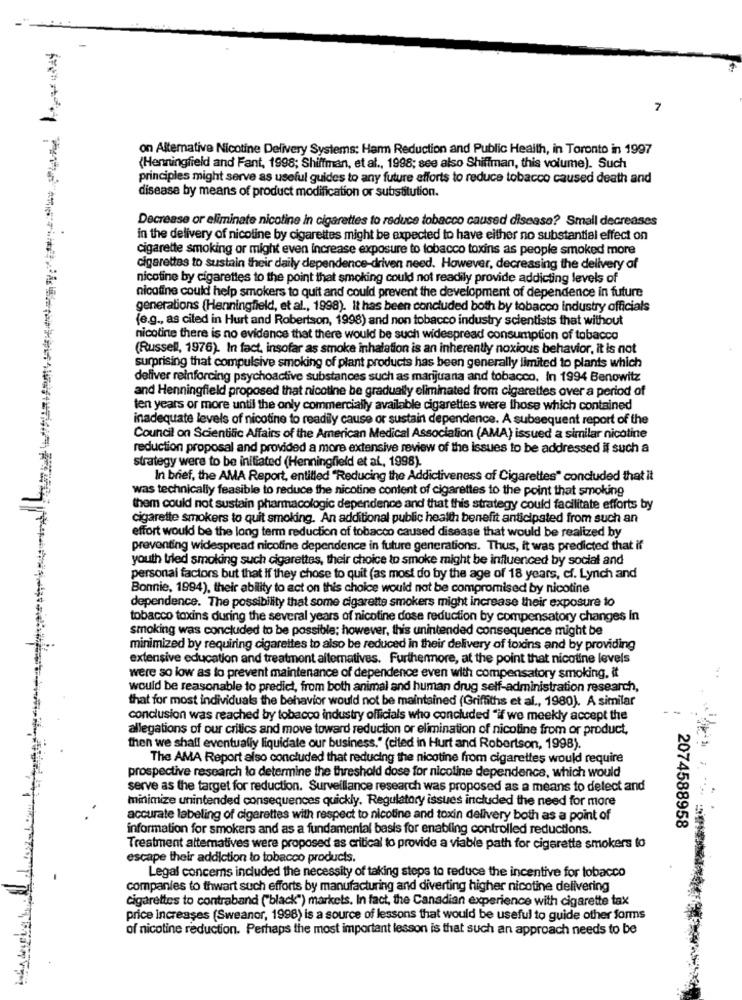
7
on Altemative Nicotine Delivery Systems: Harm Reduction and Public Health, in Toronto in 1997
(Henningfield and Fant, 1998; Shiffman, et al ., 1998; see also Shiffman, this volume). Such
principles might serve as useful guides to any future efforts to reduce tobacco caused death and
disease by means of product modification or substitution.
Decrease or eliminate nicoline in cigarettes to reduce tobacco caused disease? Small decreases
in the delivery of nicotine by cigarettes might be expected to have either no substantial effect on
cigarette smoking or might even increase exposure to tobacco toxins as people smoked more
cigarettes to sustain their daily dependence-driven need. However, decreasing the delivery of
nicotine by cigarettes to the point that smoking could not readily provide addicting levels of
nicotine could help smokers to quit and could prevent the development of dependence in future
generations (Henningfield, et al ., 1998). It has been concluded both by tobacco industry officials
(e.g ., as cited in Hurt and Robertson, 1998) and non tobacco industry scientists that without
nicotine there is no evidence that there would be such widespread consumption of tobacco
(Russell, 1976). In fact, insofar as smoke inhalation is an inherently noxious behavior, it is not
surprising that compulsive smoking of plant products has been generally limited to plants which
deliver reinforcing psychoactive substances such as marijuana and tobacco. In 1994 Benowitz
and Henningfield proposed that nicotine be gradually eliminated from cigarettes over a period of
ten years or more until the only commercially available cigarettes were those which contained
inadequate levels of nicotine to readily cause or sustain dependence. A subsequent report of the
Council on Scientific Affairs of the American Medical Association (AMA) issued a similar nicotine
reduction proposal and provided a more extensive review of the issues to be addressed if such a
strategy were to be initiated (Henningfield et al, 1998).
In brief, the AMA Report, entitled "Reducing the Addictiveness of Cigarettes" concluded that it
was technically feasible to reduce the nicotine content of cigarettes to the point that smoking
them could not sustain pharmacologic dependence and that this strategy could facilitate efforts by
cigarette smokers to quit smoking. An additional public health benefit anticipated from such an
effort would be the long term reduction of tobacco caused disease that would be realized by
preventing widespread nicotine dependence in future generations. Thus, it was predicted that if
youth tried smoking such cigarettes, their choice to smoke might be influenced by social and
personal factors but that If they chose to quit (as most do by the age of 18 years, cf. Lynch and
Bonnie, 1994), their ability to act on this choice would not be compromised by nicotine
dependence. The possibility that some cigarette smokers might increase their exposure to
tobacco toxins during the several years of nicotine dose reduction by compensatory changes In
smoking was concluded to be possible; however, this unintended consequence might be
minimized by requiring cigarettes to also be reduced in their delivery of toxins and by providing
extensive education and treatment altematives. Furthermore, at the point that nicotine levels
were so low as to prevent maintenance of dependence even with compensatory smoking, it
would be reasonable to predict, from both animal and human drug self-administration research,
that for most individuals the behavior would not be maintained (Griffiths et al ., 1980). A similar
conclusion was reached by tobacco industry officials who concluded "if we meekly accept the
allegations of our critics and move toward reduction or elimination of nicotine from or product,
then we shall eventually liquidate our business." (cited in Hurt and Robertson, 1998).
The AMA Report also concluded that reducing the nicotine from cigarettes would require
prospective research to determine the threshold dose for nicoline dependence, which would
serve as the target for reduction. Surveillance research was proposed as a means to delect and
minimize unintended consequences quickly. Regulatory issues included the need for more
accurate labeling of cigarettes with respect to nicotine and toxin delivery both as a point of
2074588958
information for smokers and as a fundamental basis for enabling controlled reductions.
Treatment alternatives were proposed as critical to provide a viable path for cigarette smokers to
escape their addiction to tobacco products.
Legal concems included the necessity of taking steps to reduce the incentive for tobacco
companies to thwart such efforts by manufacturing and diverting higher nicotine delivering
cigarettes to contraband ("black") markets. In fact, the Canadian experience with cigarette tax
price increases (Sweanor, 1998) is a source of lessons that would be useful to guide other forms
of nicotine reduction. Perhaps the most important lesson is that such an approach needs to be